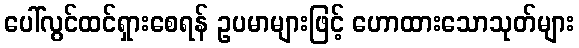
ပေါ်လွင်ထင်ရှားစေရန် ဥပမာများဖြင့် ဟောထားသောသုတ်များ